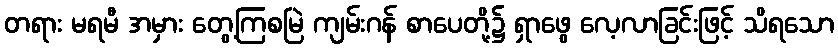
တရား မရမီ အမှား တွေ့ကြစမြဲ ကျမ်းဂန် စာပေတို့၌ ရှာဖွေ လေ့လာခြင်းဖြင့် သိရသော